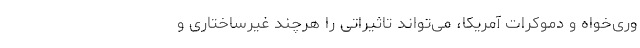
وری‌خواه و دموکرات آمریکا، می‌تواند تاثیراتی را هرچند غیرساختاری و